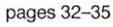
pages 32-35